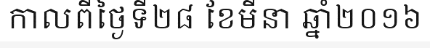
កាលពីថ្ងៃទី២៨ ខែមីនា ឆ្នាំ២០១៦